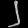
Digit: ၂